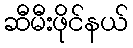
ဆီမီးဖိုင်နယ်